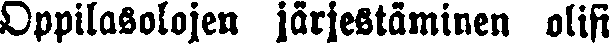
Oppilasolojen järjestäminen olisi